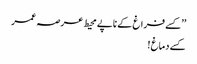
’’کسے فراغ کے ناپے محیط عرصہ عمر
کسے دماغ !